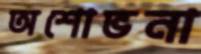
অশোভনা